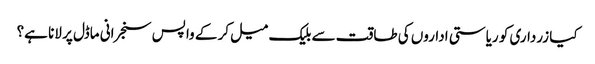
کیا زرداری کو ریاستی اداروں کی طاقت سے بلیک میل کر کے واپس سنجرانی ماڈل پر لانا ہے؟